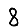
Digit: 8